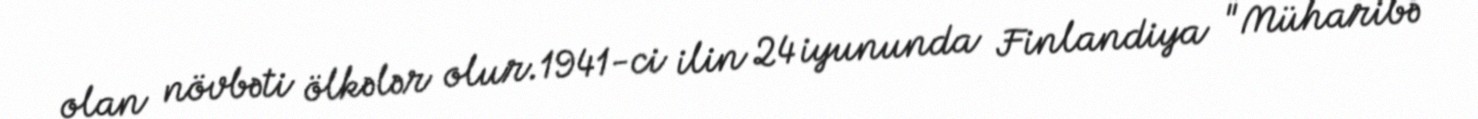
olan növbəti ölkələr olur.1941-ci ilin 24 iyununda Finlandiya "Müharibə